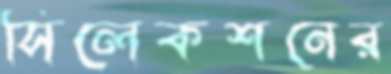
সিলেকশনের